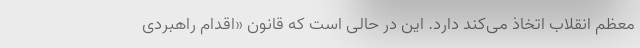
معظم انقلاب اتخاذ می‌کند دارد. این در حالی است که قانون «اقدام راهبردی